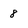
Character: 8